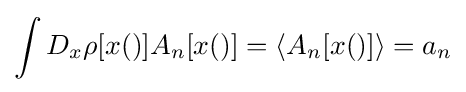
\int D_{x}\rho [x()]A_{n}[x()]=\langle A_{n}[x()]\rangle =a_{n}